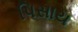
પિસાય